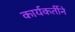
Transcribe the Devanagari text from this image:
कार्यकर्तीने